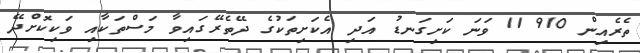
ތެރެއިން 910 11 ވަނަ ކަށިގަނޑު އަދި އެކަށިތަކުގެ ދޭތެރޭގައިވާ މަސްތަކާއި ވަކިކޮށްދޭ